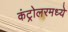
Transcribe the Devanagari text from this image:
कंट्रोलरमध्ये